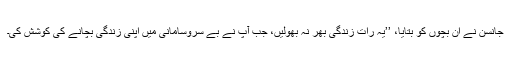
جانسن نے ان بچوں کو بتایا، ’’یہ رات زندگی بھر نہ بھولیں، جب آپ نے بے سروسامانی میں اپنی زندگی بچانے کی کوشش کی۔